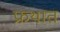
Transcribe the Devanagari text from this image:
फ्रथात